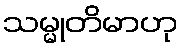
သမ္မုတိမာဟု